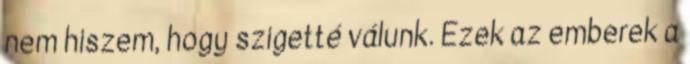
nem hiszem, hogy szigetté válunk. Ezek az emberek a